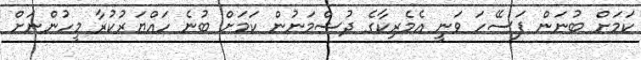
ކަމަށް ބުނަން ފަސޭހަ ވަނީ އެމެރިކާގެ ދުޝްމަނުން ކަމަށް ބުނެ ހައްޔަރުކުރާ މީހުންނަށް